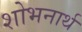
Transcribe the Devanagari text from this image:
शोभनार्थ